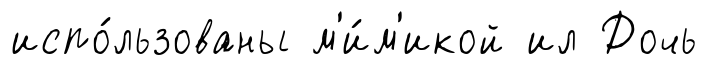
испо́льзованы м'и́м'икой ил Дочь